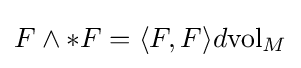
F\wedge *F=\langle F,F\rangle d\mathrm {vol} _{M}